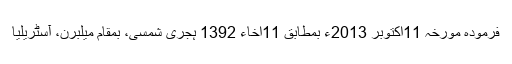
فرمودہ مورخہ 11اکتوبر 2013ء بمطابق 11اخاء 1392 ہجری شمسی، بمقام میلبرن، آسٹریلیا